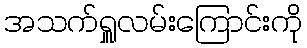
အသက်ရှူလမ်းကြောင်းကို